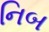
નિબ